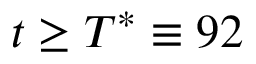
t \geq T ^ { * } \equiv 9 2